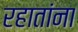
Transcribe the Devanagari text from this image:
रहातांना